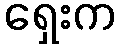
ရှေးက